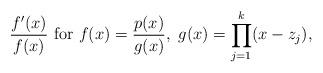
LaTeX: \begin{align*}\frac{f'(x)}{f(x)}~{\rm for}~f(x)=\frac{p(x)}{g(x)},~g(x)=\prod_{j=1}^k(x-z_j),\end{align*}